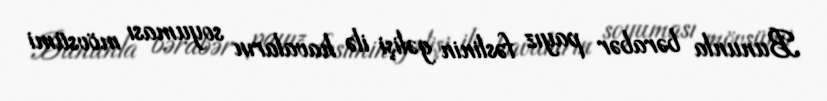
Bununla bərabər payız fəslinin gəlişi ilə havaların soyuması mövsümi